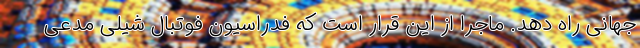
جهانی راه دهد. ماجرا از این قرار است که فدراسیون فوتبال شیلی مدعی